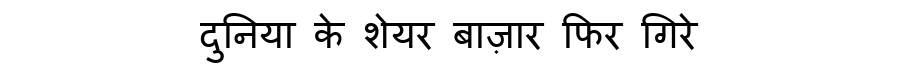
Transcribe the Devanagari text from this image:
दुनिया के शेयर बाज़ार फिर गिरे